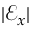
\lvert \mathcal { E } _ { x } \rvert